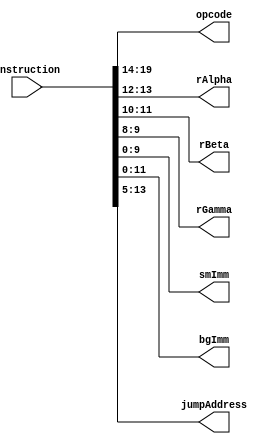
module InstructionDecode (
    input [INSTRUCTION_SIZE-1:0] instruction,
    output [OP_SIZE-1:0] opcode,
    output [REG_ADDRESS_SIZE-1:0] rAlpha,
    output [REG_ADDRESS_SIZE-1:0] rBeta,
    output [REG_ADDRESS_SIZE-1:0] rGamma,
    output [SMALL_IMMEDIATE_SIZE-1:0] smImm,
    output [BIG_IMMEDIATE_SIZE-1:0] bgImm,
    output [JUMP_ADDRESS_SIZE-1:0] jumpAddress
);
  //must keep consistent with the multicycle
  parameter INSTRUCTION_SIZE = 20;
  parameter OP_SIZE = 6;
  parameter REG_ADDRESS_SIZE = 2;
  parameter SMALL_IMMEDIATE_SIZE = 10;
  parameter BIG_IMMEDIATE_SIZE = 12;
  parameter JUMP_ADDRESS_SIZE = 9;  //left shifted twice


  //opcode decode
  parameter OP_LSB = INSTRUCTION_SIZE - OP_SIZE;
  assign opcode = instruction[INSTRUCTION_SIZE-1:OP_LSB];

  //register decode
  parameter REG_MSB = OP_LSB - 1;
  assign rAlpha = instruction[REG_MSB:REG_MSB-1];
  assign rBeta = instruction[REG_MSB-2:REG_MSB-3];
  assign rGamma = instruction[REG_MSB-4:REG_MSB-5];

  //immediate decode
  assign smImm = instruction[SMALL_IMMEDIATE_SIZE-1:0];
  assign bgImm = instruction[BIG_IMMEDIATE_SIZE-1:0];
  assign jumpAddress = instruction[OP_LSB-1:OP_LSB-JUMP_ADDRESS_SIZE];


  // Instruction format 1: 3 Registers Selections -> Data computation 
  // ASSEMBLY: add  rAlpha, rBeta, rGamma  ; rAlpha = rBeta + rGamma ;
  // opcode | rAlpha  | rBeta  | rGamma  | unused  
  //   6    |    2    |    2   |   2     |   8 

  // Instruction format 2: 2 Register Selections -> 
  // ALU R I Type / Branch  / Load / Store
  // ASSEMBLY: add rAlpha, rBeta imm  ; rAlpha = rBeta + imm ;
  // ASSEMBLY: branch  rAlpha == rBeta  offset  ; 
  // A==B ->PC=PC+SignExtended(offset<<2) ;
  // ASSEMBLY: load rAlpha, rBeta[imm]  ; A = MEM[B + SignExtended(imm)]
  // ASSEMBLY: store rAlpha, rBeta[imm]  ; MEM[B + SignExtended(imm)] = A
  // opcode | rAlpha  | rBeta  | immediate/offset (small)  
  //   6    |    2    |    2   |   10     

  // Instruction format 3: Single Register Selection -> Immediate Injection
  // ASSEMBLY:  loadi rAlpha, imm  ; rAlpha = imm;
  // opcode | rAlpha  | immediate/offset (big)  
  //   6    |    2    |   12     

  // Instruction format 3: No Register Selection -> Jump
  // ASSEMBLY: jump addr;
  // opcode |  jumpAddress | unused
  //   6    |       9      |    3




endmodule